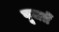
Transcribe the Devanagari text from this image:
पूजतें